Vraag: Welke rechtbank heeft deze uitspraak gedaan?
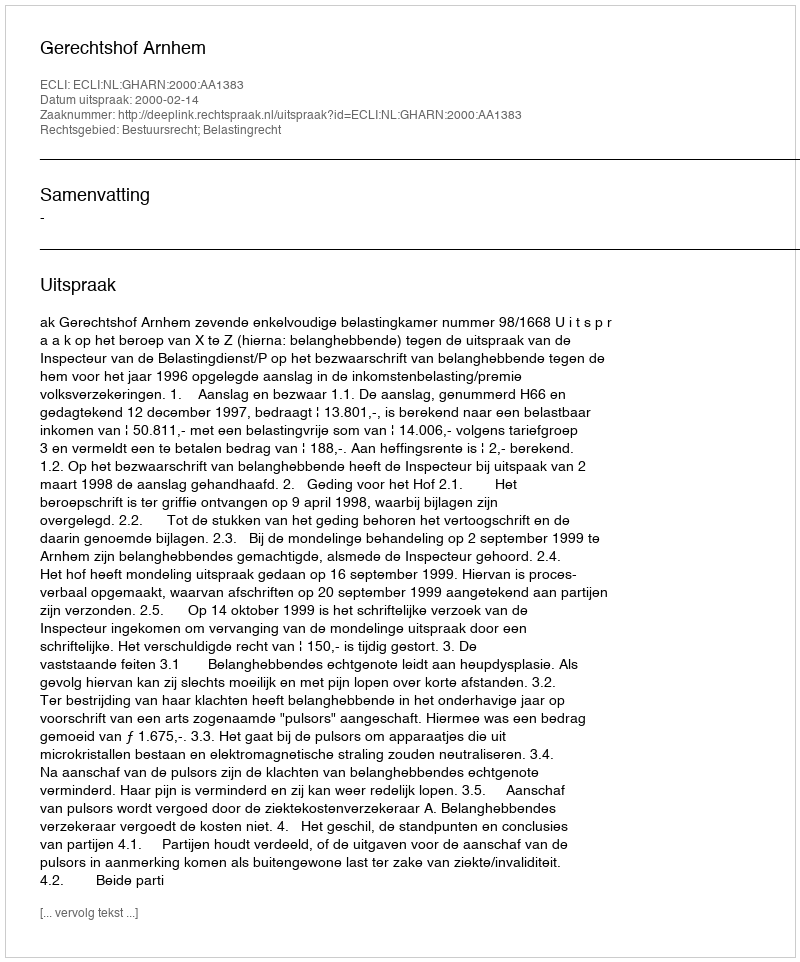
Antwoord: Gerechtshof Arnhem